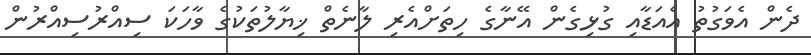
ދެން އެވަގުތު އެއަޑާއި ގުޅިގެން އޭނާގެ ހިތަށްއެރި ލާނެތް ޚިޔާލުތަކުގެ ވާހަކަ ސިއްރުސިއްރުން